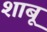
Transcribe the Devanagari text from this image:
शाबू